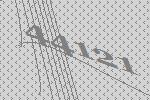
44121